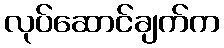
လုပ်ဆောင်ချက်က